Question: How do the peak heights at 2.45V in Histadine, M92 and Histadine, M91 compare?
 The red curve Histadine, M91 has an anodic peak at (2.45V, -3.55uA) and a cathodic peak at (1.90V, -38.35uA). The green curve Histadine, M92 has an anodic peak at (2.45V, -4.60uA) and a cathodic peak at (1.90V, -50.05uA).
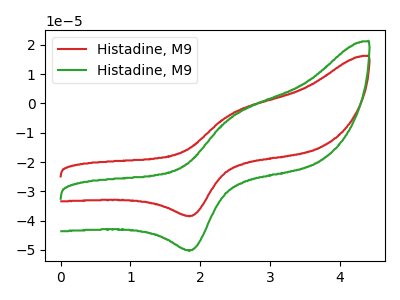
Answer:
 <answer>The peak at 2.45V is lower in "Histadine, M92" than in "Histadine, M91".</answer>
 <eval>lower</eval>